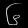
Digit: ၆